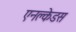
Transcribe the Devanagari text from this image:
एनक्लेडस